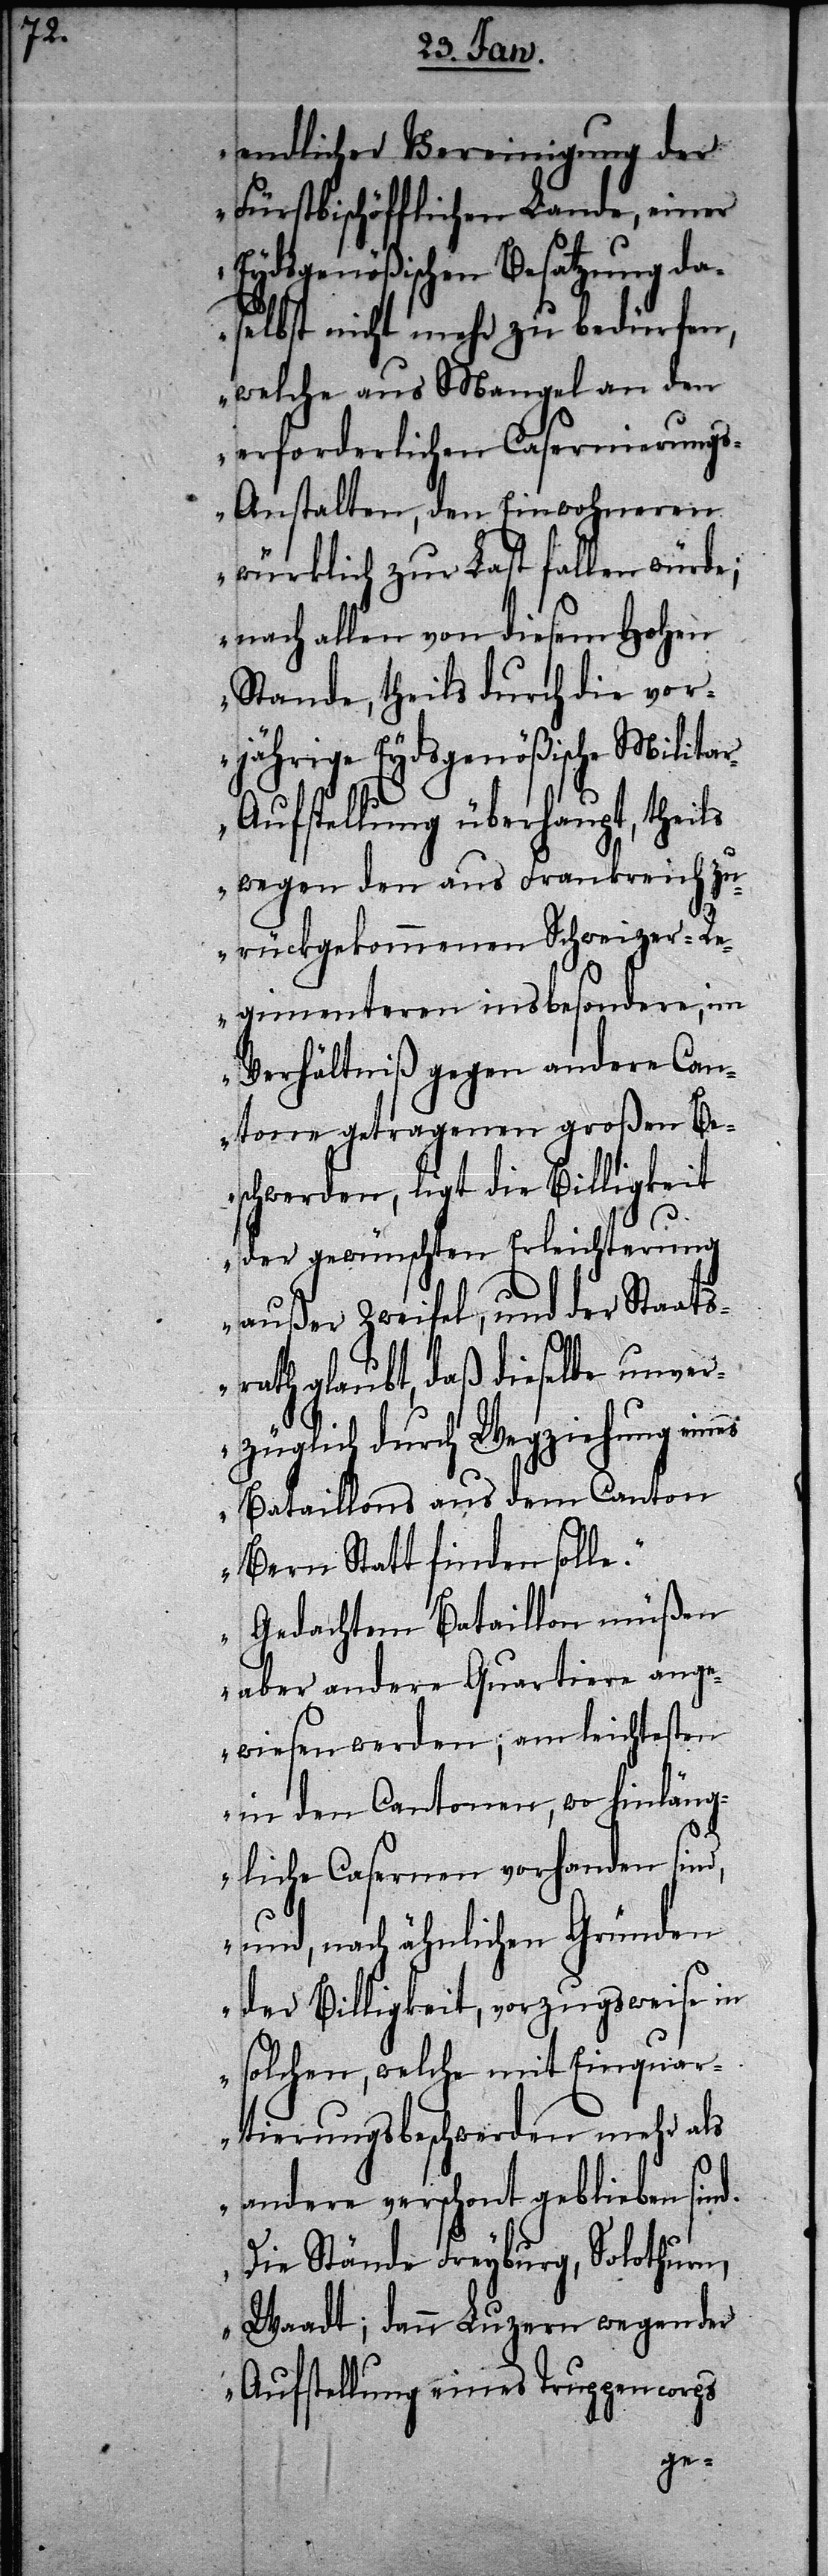
endlicher Vereinigung der
Fürstbischöfflichen Lande, einer
Eydsgenößischen Besatzung da¬
selbst nicht mehr zu bedürfen,
welche aus Mangel an den
erforderlichen Casernierung¬
s-Anstalten, den Einwohneren
würklich zur Last fallen würde;
nach allen von diesem Hohen
Stande, theils durch die vor¬
jährige Eydsgenößische Milita¬
r-Aufstellung überhaupt, theils
wegen den aus Frankreich zu¬
rückgekommenen Schweizer-Re¬
gimenteren insbesondere, im
Verhältniß gegen andere Can¬
tone getragenen großen Be¬
schwerden, ligt die Billigkeit
der gewünschten Erleichterung
außer Zweifel, und der Staats¬
rath glaubt, daß dieselbe unver¬
züglich durch Wegziehung eines
Bataillons aus dem Canton
Bern Statt finden solle.“
„Gedachtem Bataillon müßen
aber andere Quartiere ange¬
wiesen werden; am leichtesten
in den Cantonen, wo hinläng¬
liche Casernen vorhanden sind,
und, nach ähnlichen Gründen
der Billigkeit, vorzugsweise in
solchen, welche mit Einquar¬
tierungsbeschwerden mehr als
andere verschont geblieben sind.
Die Stände Freyburg, Solothurn,
Waadt; dann Luzern wegen der
Aufstellung eines Truppencorps